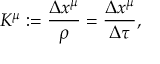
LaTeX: K ^ { \mu } : = \frac { \Delta x ^ { \mu } } { \rho } = \frac { \Delta x ^ { \mu } } { \Delta \tau } ,